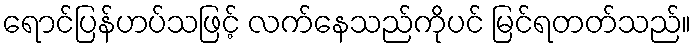
ရောင်ပြန်ဟပ်သဖြင့် လက်နေသည်ကိုပင် မြင်ရတတ်သည်။